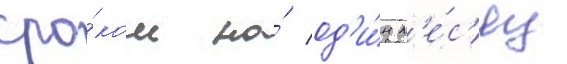
сро́ком на́ од'и́н м'е́с'яц